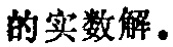
的实数解。